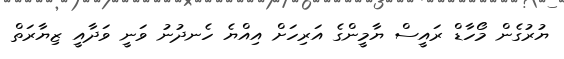
ޔުރުގެން މޯހާޑް ރައީސް ޔާމީންގެ އަރިހަށް އިއްޔެ ހެނދުނު ވަނީ ވަދާއީ ޒިޔާރަތް